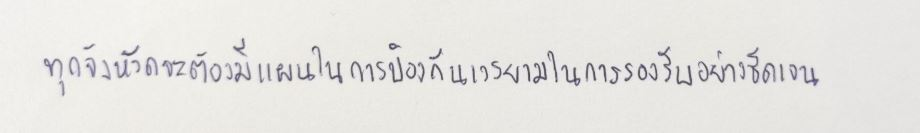
ทุกจังหวัดจะต้องมีแผนในการป้องกันเวรยามในการรองรับอย่างชัดเจน